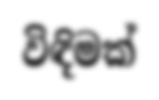
විඳිමක්